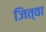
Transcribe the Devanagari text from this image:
जित्वा